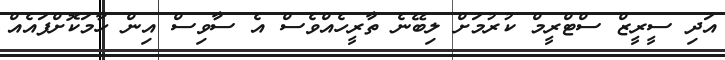
އަދި ސީރީޒް ސްޓްރީމް ކުރުމަށް ލިބޭނެ ތާރީހެއްވެސް އެ ސާވިސް އިން ހާމަކޮށްފައެއް